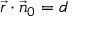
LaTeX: { \vec { r } } \cdot { \vec { n } } _ { 0 } = d